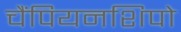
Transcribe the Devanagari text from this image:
चैंपियनशिपो